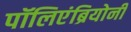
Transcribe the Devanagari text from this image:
पॉलिएंब्रियोनी